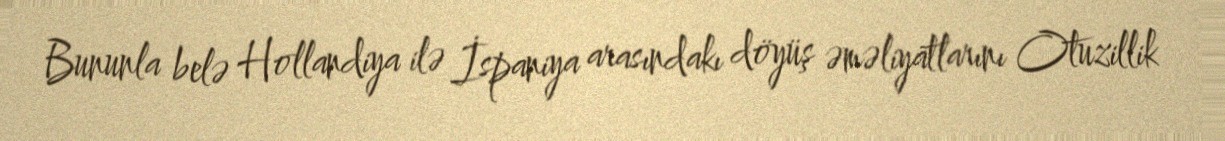
Bununla belə Hollandiya ilə İspaniya arasındakı döyüş əməliyatlarını Otuzillik